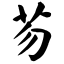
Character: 芴